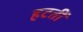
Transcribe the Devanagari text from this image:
हटतीं